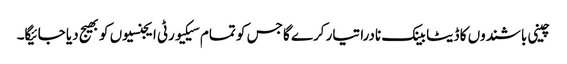
چینی باشندوں کا ڈیٹا بینک نادرا تیار کرے گا جس کو تمام سیکیورٹی ایجنسیوں کو بھیج دیا جائیگا۔